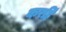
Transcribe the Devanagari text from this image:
करहिं